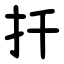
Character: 扦